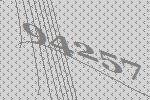
94257